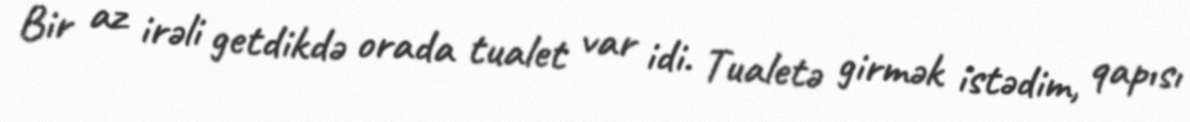
Bir az irəli getdikdə orada tualet var idi. Tualetə girmək istədim, qapısı